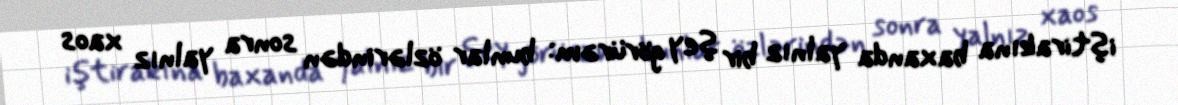
iştirakına baxanda yalnız bir şey görürəm: bunlar özlərindən sonra yalnız xaos